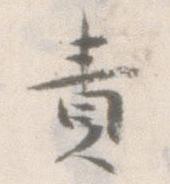
責